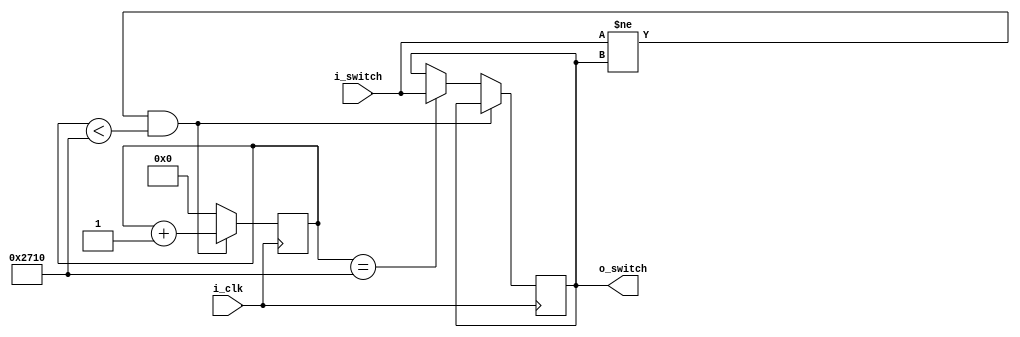
module debouncer (
	input i_clk,
	input i_switch,
	output reg o_switch
);

reg [13:0] cnt;
localparam debounceLimit = 10000;

always @ (posedge i_clk)
begin
	 if(i_switch != o_switch && cnt < debounceLimit)
		cnt <= cnt + 1;
	 else if(cnt == debounceLimit)
		begin
			cnt <= 0;
			o_switch = i_switch;
		end
	 else
		cnt <= 0;
end

endmodule